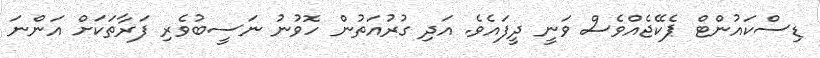
ޑިސްކައުންޓް ޕެކޭޖެއްވެސް ވަނީ ދީފައެވެ. އަދި ގުރުއަތުން ހޮވުނު ނަސީބުވެރި ފަރާތަކަށް އަންނަ